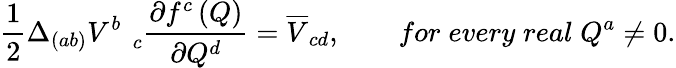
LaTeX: \frac 12\Delta_{(ab)}V_{\quad c}^{b}\frac{\partial f^{c}\left(Q\right)}{\partial Q^{d}}=\overline{{{V}}}_{cd},\qquad for\; every\; real\; Q^{a}\neq 0.